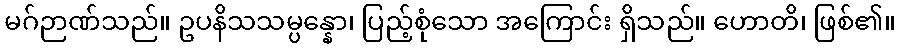
မဂ်ဉာဏ်သည်။ ဥပနိသသမ္ပန္နော၊ ပြည့်စုံသော အကြောင်း ရှိသည်။ ဟောတိ၊ ဖြစ်၏။